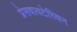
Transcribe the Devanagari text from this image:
प्रेसवायटेरियन